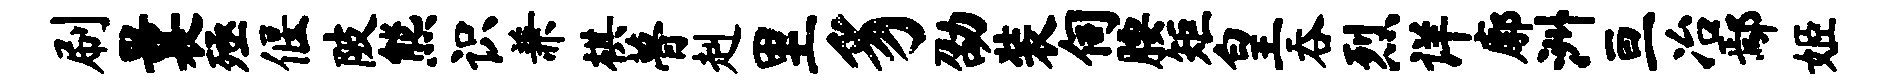
刷曩殛偃陂熊识兼棋瞢赳里豸劭装伺腰矩皇吞烈详廓洲亘冶鄢姬